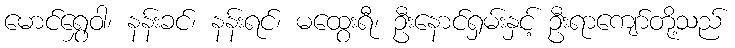
မောင်ရွှေဝါ၊ နန်းခင်၊ နန်းရင်၊ မထွေးရီ၊ ဦးနောင်ရှမ်းနှင့် ဦးရာကျော်တို့သည်